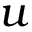
u